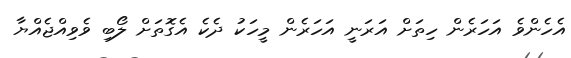
އެހެންވެ އަހަރެން ހިތަށް އަރަނީ އަހަރެން މީހަކު ދެކެ އެގޮތަށް ލޯބި ވެވިއްޖެއްޔާ